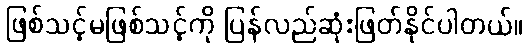
ဖြစ်သင့်မဖြစ်သင့်ကို ပြန်လည်ဆုံးဖြတ်နိုင်ပါတယ်။